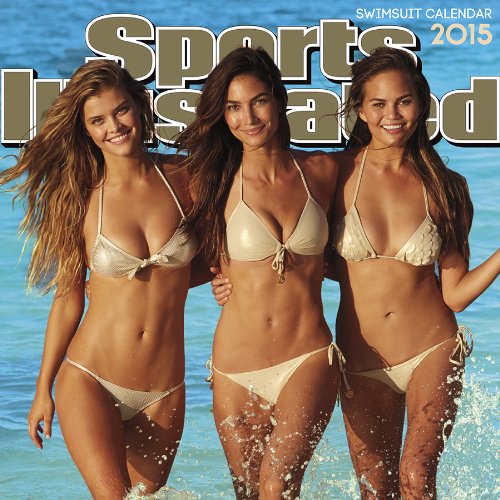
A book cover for Sports Illustrated Swimsuit 2015 Premium Wall Calendar; Trends International; Calendars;